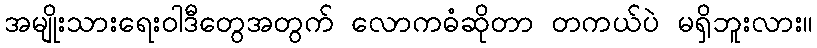
အမျိုးသားရေးဝါဒီတွေအတွက် လောကဓံဆိုတာ တကယ်ပဲ မရှိဘူးလား။